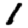
Digit: 1